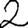
Digit: 2